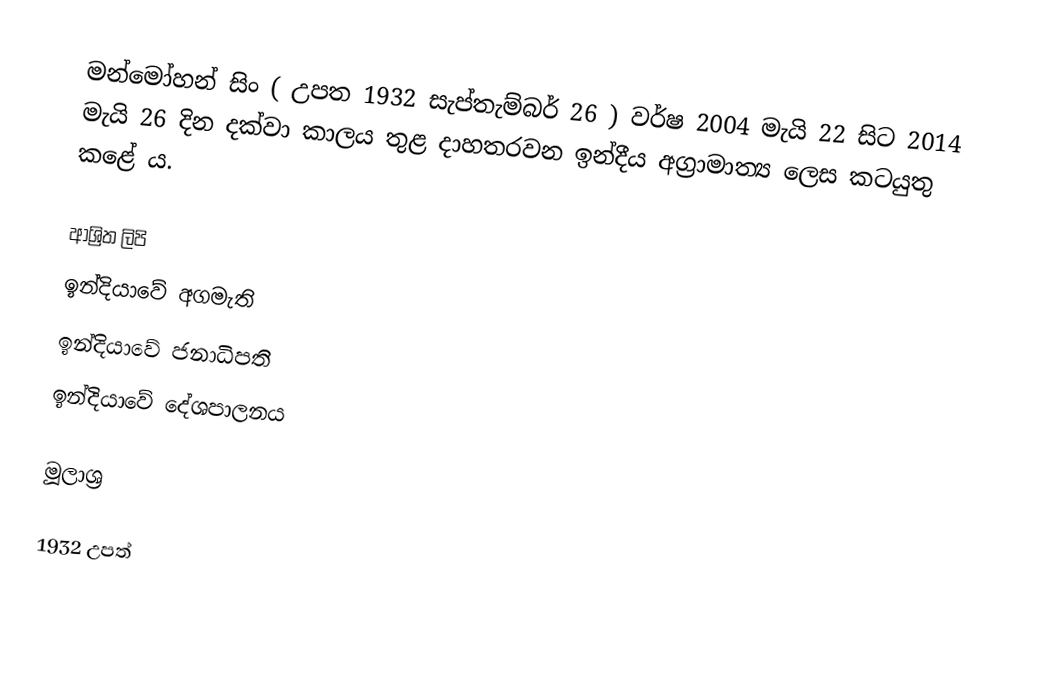
මන්මෝහන් සිං ( උපත 1932 සැප්තැම්බර් 26 ) වර්ෂ  2004 මැයි 22 සිට 2014 මැයි 26 දින දක්වා කාලය තුළ දාහතරව‍න ඉන්දීය අග්‍රාමාත්‍ය ලෙස කටයුතු කළේ ය.

ආශ්‍රිත ලිපි
 ඉන්දියාවේ අගමැති
 ඉන්දියාවේ ජනාධිපති
 ඉන්දියාවේ දේශපාලනය

මූලාශ්‍ර

1932 උපත්